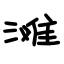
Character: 滩